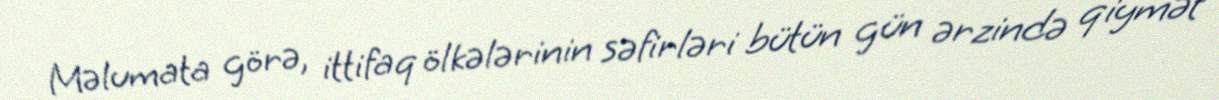
Məlumata görə, ittifaq ölkələrinin səfirləri bütün gün ərzində qiymət